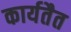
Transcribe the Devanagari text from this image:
कार्यतैत